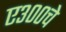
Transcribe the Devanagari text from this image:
ए३००चे